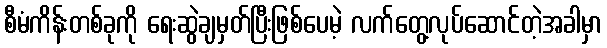
စီမံကိန်းတစ်ခုကို ရေးဆွဲချမှတ်ပြီးဖြစ်ပေမဲ့ လက်တွေ့လုပ်ဆောင်တဲ့အခါမှာ